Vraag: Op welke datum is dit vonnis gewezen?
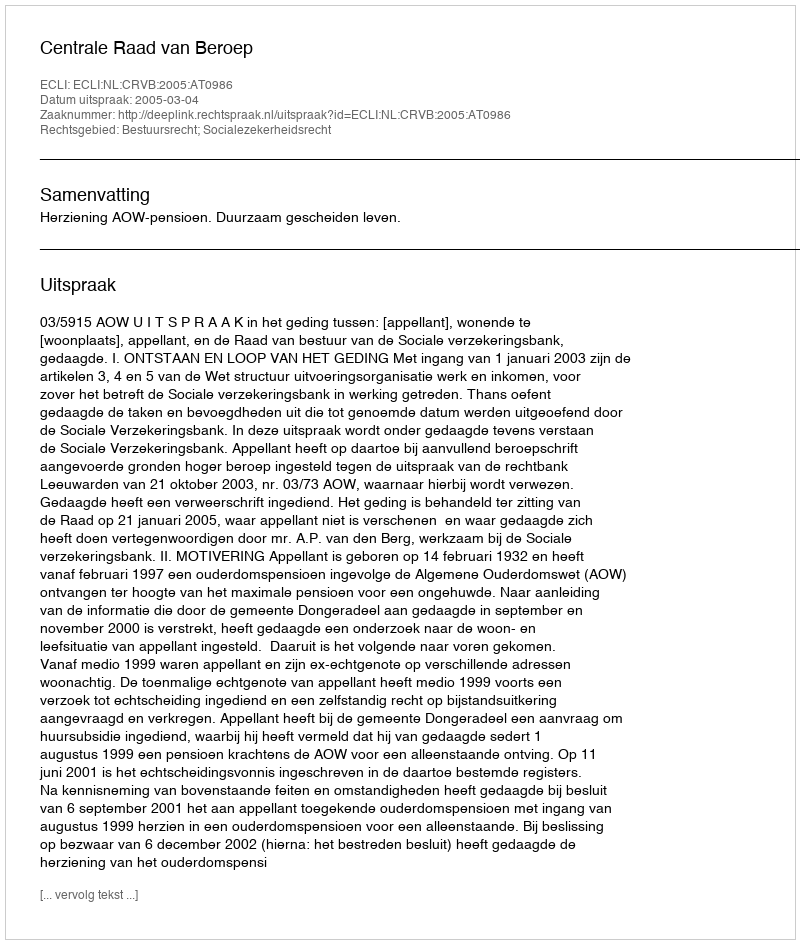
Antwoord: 2005-03-04